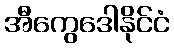
အီကွေဒေါနိုင်ငံ